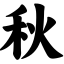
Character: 秋